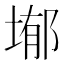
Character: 𭎺